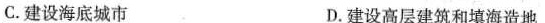
C.建设海底城市 D.建设高层建筑和填海造地